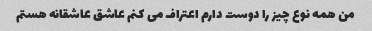
من همه نوع چیز را دوست دارم اعتراف می کنم عاشق عاشقانه هستم